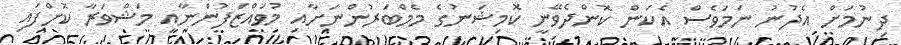
ދިނުމަށް އެދުނު ނަމަވެސް އެކަން ކޮންދެވޭނީ ކޮމިޝަނުގެ މެމްބަރުންނަށާއި މުވައްޒަފުންނާއި މަޝްވަރާ ކޮށްފައި